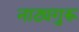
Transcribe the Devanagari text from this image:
नाट्यगुरू